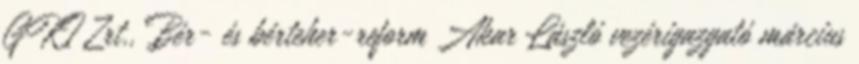
GKI Zrt., Bér- és bérteher-reform Akar László vezérigazgató március